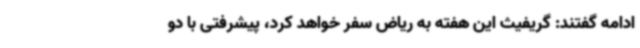
ادامه گفتند: گریفیث این هفته به ریاض سفر خواهد کرد، پیشرفتی با دو